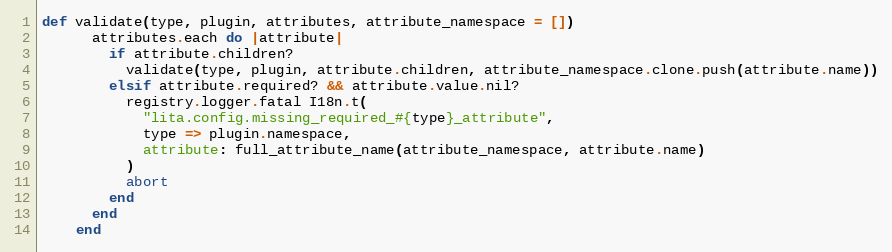
Language: Ruby
def validate(type, plugin, attributes, attribute_namespace = [])
      attributes.each do |attribute|
        if attribute.children?
          validate(type, plugin, attribute.children, attribute_namespace.clone.push(attribute.name))
        elsif attribute.required? && attribute.value.nil?
          registry.logger.fatal I18n.t(
            "lita.config.missing_required_#{type}_attribute",
            type => plugin.namespace,
            attribute: full_attribute_name(attribute_namespace, attribute.name)
          )
          abort
        end
      end
    end